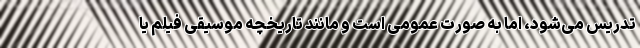
تدریس می‌شود، اما به صورت عمومی است و مانند تاریخچه موسیقی فیلم یا